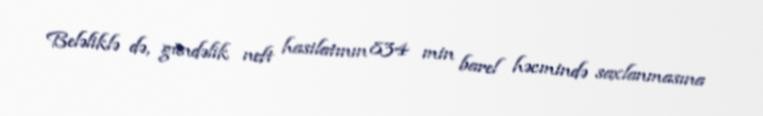
Beləliklə də, gündəlik neft hasilatının 834 min barel həcmində saxlanmasına